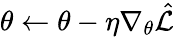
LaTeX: \theta\gets\theta-\eta\nabla_{\theta}\hat{\mathcal{L}}